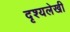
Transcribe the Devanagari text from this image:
दृश्यलेखी